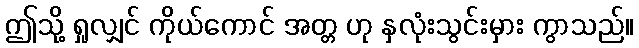
ဤသို့ ရှုလျှင် ကိုယ်ကောင် အတ္တ ဟု နှလုံးသွင်းမှား ကွာသည်။